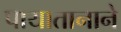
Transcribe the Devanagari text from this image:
पायातानाने